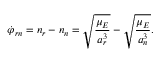
\dot { \varphi } _ { r n } = n _ { r } - n _ { n } = \sqrt { \frac { \mu _ { E } } { a _ { r } ^ { 3 } } } - \sqrt { \frac { \mu _ { E } } { a _ { n } ^ { 3 } } } .